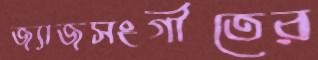
জ্যাজসংগীতের